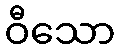
ဝီသော